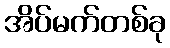
အိပ်မက်တစ်ခု